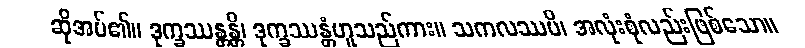
ဆိုအပ်၏။ ဒုက္ခဿန္တန္တိ၊ ဒုက္ခဿန္တံဟူသည်ကား။ သကလဿပိ၊ အလုံးစုံလည်းဖြစ်သော။